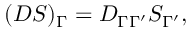
( D S ) _ { \Gamma } = D _ { \Gamma \Gamma ^ { \prime } } S _ { \Gamma ^ { \prime } } ,